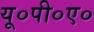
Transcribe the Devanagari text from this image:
यू०पी०ए०